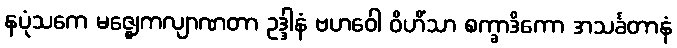
နပုံသကေ မဇ္ဈေကလျာဏတာ ဥဒ္ဒါနံ ဗဟဝေါ ဝိဟိံသာ စက္ခာဒိကော အသင်္ခတာနံ